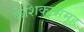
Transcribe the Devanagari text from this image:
केशिकासमूह